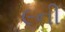
૯ની